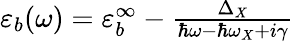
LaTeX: \begin{array}{r}{\varepsilon_{b}(\omega)=\varepsilon_{b}^{\infty}-\frac{\Delta_{X}}{\hbar\omega-\hbar\omega_{X}+i\gamma}}\end{array}